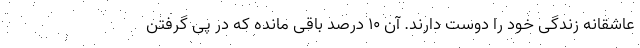
عاشقانه زندگی خود را دوست دارند. آن ۱۰ درصد باقی مانده که در پی گرفتن